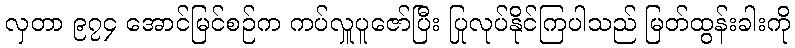
လှတာ ၉၇၄ အောင်မြင်စဉ်က ကပ်လှူပူဇော်ပြီး ပြုလုပ်နိုင်ကြပါသည် မြတ်ထွန်းခါးကို